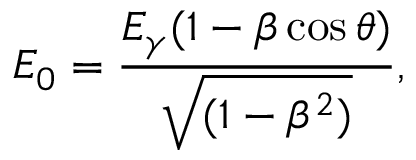
E _ { 0 } = \frac { E _ { \gamma } ( 1 - \beta \cos { \theta } ) } { \sqrt { ( 1 - \beta ^ { 2 } ) } } ,